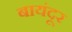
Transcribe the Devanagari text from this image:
बायंदूर